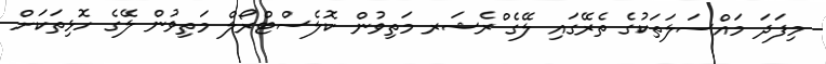
މިފަދަ މައްސަލަތަކުގެ ތެރޭގައި ލޭގެ ްރެޝަރ މަތިވުން ކޮލެސްޓްރޯލް މަތިވުން ލޭގެ ހޮޅިތަކަށް